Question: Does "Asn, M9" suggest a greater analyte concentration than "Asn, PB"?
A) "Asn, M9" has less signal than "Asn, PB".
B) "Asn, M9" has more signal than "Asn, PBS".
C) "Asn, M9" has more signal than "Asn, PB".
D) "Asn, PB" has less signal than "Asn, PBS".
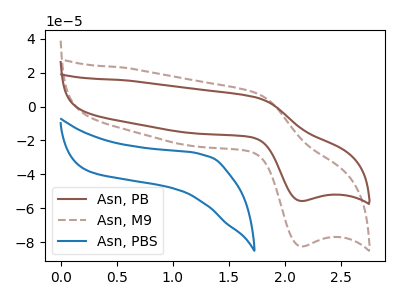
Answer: <think>The brown curve "Asn, PB" has an anodic peak at (1.75V, 5.40uA) and a cathodic peak at (2.15V, -55.60uA). The brown dashed curve "Asn, M9" has an anodic peak at (1.75V, 8.00uA) and a cathodic peak at (2.15V, -82.30uA). The blue curve "Asn, PBS" has no peaks.
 All the peaks in "Asn, M9" have a peak in "Asn, PB" at the same potential. Every peak in "Asn, M9" is higher than every peak in "Asn, PB".</think>
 <answer>C) "Asn, M9" has more signal than "Asn, PB".</answer>
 <eval>C</eval>